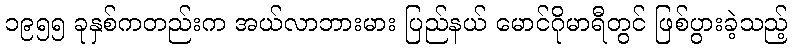
၁၉၅၅ ခုနှစ်ကတည်းက အယ်လာဘားမား ပြည်နယ် မောင်ဂိုမာရီတွင် ဖြစ်ပွားခဲ့သည့်